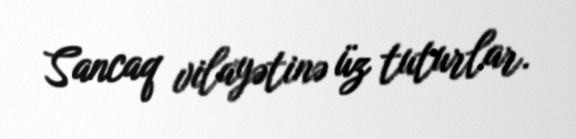
Sancaq vilayətinə üz tuturlar.